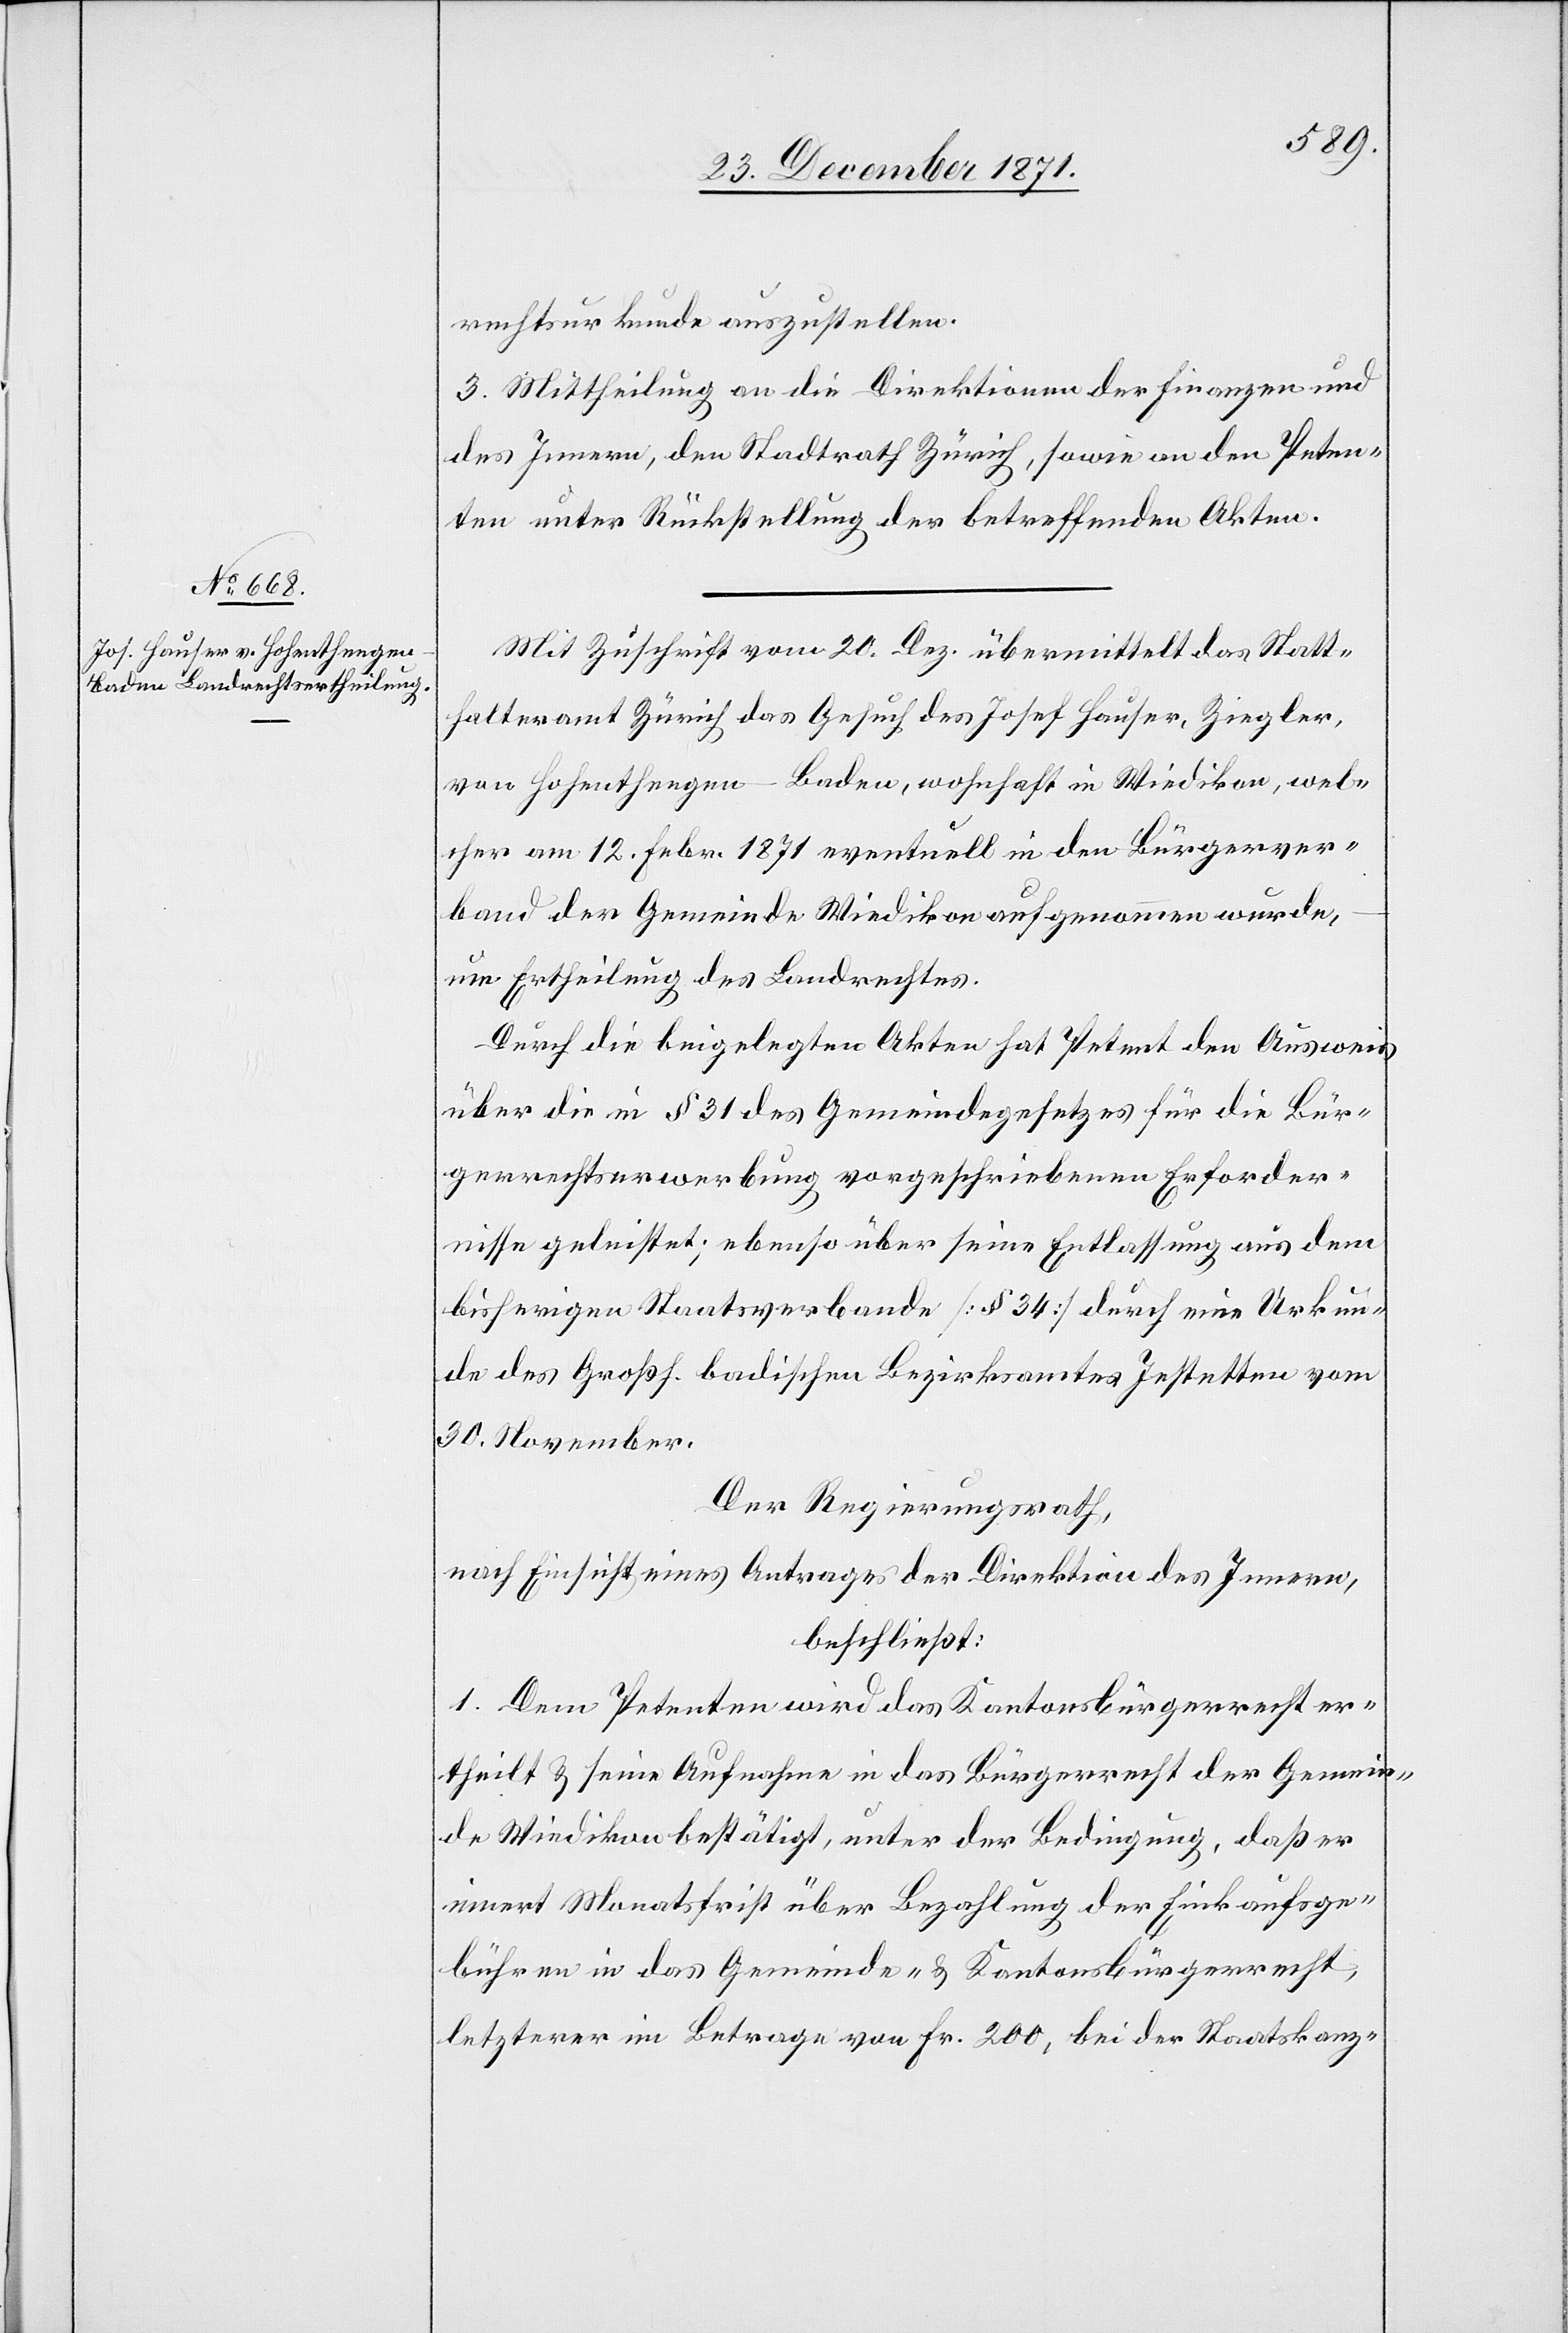
rechtsukrunde auszustellen.
3. Mittheilung an die Direktionen der Finanzen und
des Innern, den Stadtrath Zürich, sowie an den Peten¬
ten unter Rückstellung der betreffenden Akten.
Mit Zuschrift vom 20. Dez. übermittelt das Statt¬
halteramt Zürich das Gesuch des Josef Hauser, Ziegler,
von Hohenthengen-Baden, wohnhaft in Wiedikon, wel¬
cher am 12. Febr. 1871 eventuell in den Bürgerver¬
band der Gemeinde Wiedikon aufgenommen wurde,
um Ertheilung des Landrechtes.
Durch die beigelegten Akten hat Petent den Ausweis
über die in § 31 des Gemeindegesetzes für die Bür¬
gerrechtserwerbung vorgeschriebenen Erforder¬
nisse geleistet; ebenso über seine Entlassung aus dem
bisherigen Staatsverbande [§ 34] durch eine Urkun¬
de des Großh. Badischen Bezirksamtes Jestetten vom
30. November.
Der Regierungsrath,
nach Einsicht eines Antrages der Direktion des Innern,
beschließt:
1. Dem Petenten wird das Kantonsbürgerrecht er¬
theilt & seine Aufnahme in das Bürgerrecht der Gemein¬
de Wiedikon bestätigt, unter der Bedingung, daß er
innert Monatsfrist über Bezahlung der Einkaufsge¬
bühren in das Gemeinde- & Kantonsbürgerrecht,
letzterer im Betrage von Fr. 200, bei der Staatskanz-